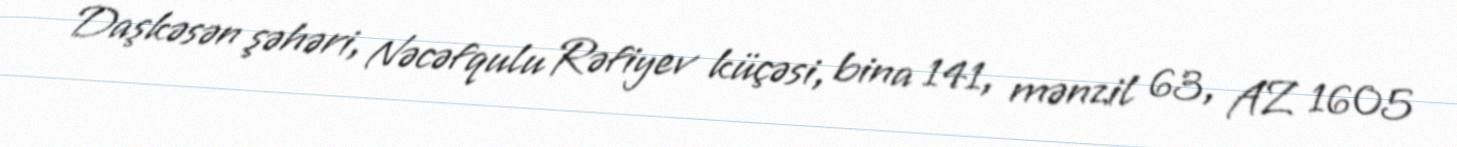
Daşkəsən şəhəri, Nəcəfqulu Rəfiyev küçəsi, bina 141, mənzil 63, AZ 1605